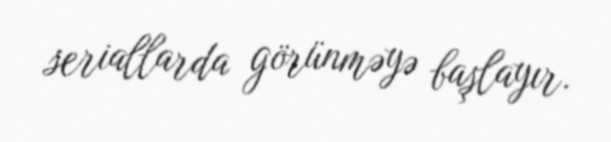
seriallarda görünməyə başlayır.